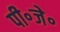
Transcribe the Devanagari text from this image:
पी॰जे॰